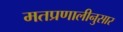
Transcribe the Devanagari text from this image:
मतप्रणालीनुसार